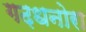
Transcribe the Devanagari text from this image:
गढ़धनोरा